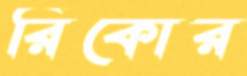
রিকোর